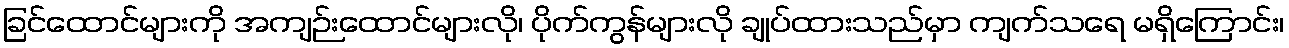
ခြင်ထောင်များကို အကျဉ်းထောင်များလို၊ ပိုက်ကွန်များလို ချုပ်ထားသည်မှာ ကျက်သရေ မရှိကြောင်း၊